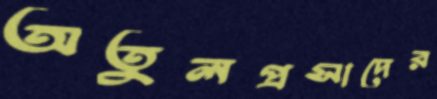
অতুলপ্রসাদের